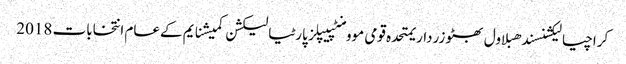
کراچیالیکشنسندھبلاول بھٹو زرداریمتحدہ قومی موومنٹپیپلز پارٹیالیکشن کمیشنایم کےعام انتخابات 2018